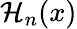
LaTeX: \mathcal{H}_{n}(x)